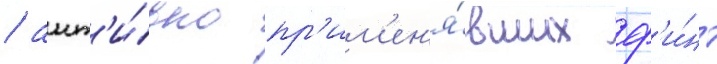
/ акт'и́вно пр'им'ен'я́вших ф'и́нт